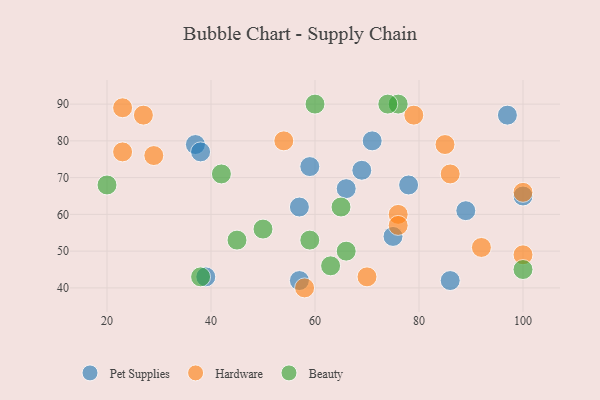
{"axis": {"x": "GDP", "y": "Life Expectancy"}, "legend": ["Beauty", "Hardware", "Pet Supplies"], "data": [{"x": "78", "y": 68, "type": "Pet Supplies"}, {"x": "57", "y": 42, "type": "Pet Supplies"}, {"x": "75", "y": 54, "type": "Pet Supplies"}, {"x": "57", "y": 62, "type": "Pet Supplies"}, {"x": "89", "y": 61, "type": "Pet Supplies"}, {"x": "71", "y": 80, "type": "Pet Supplies"}, {"x": "69", "y": 72, "type": "Pet Supplies"}, {"x": "39", "y": 43, "type": "Pet Supplies"}, {"x": "86", "y": 42, "type": "Pet Supplies"}, {"x": "37", "y": 79, "type": "Pet Supplies"}, {"x": "66", "y": 67, "type": "Pet Supplies"}, {"x": "38", "y": 77, "type": "Pet Supplies"}, {"x": "97", "y": 87, "type": "Pet Supplies"}, {"x": "100", "y": 65, "type": "Pet Supplies"}, {"x": "59", "y": 73, "type": "Pet Supplies"}, {"x": "100", "y": 66, "type": "Hardware"}, {"x": "23", "y": 77, "type": "Hardware"}, {"x": "54", "y": 80, "type": "Hardware"}, {"x": "86", "y": 71, "type": "Hardware"}, {"x": "76", "y": 60, "type": "Hardware"}, {"x": "29", "y": 76, "type": "Hardware"}, {"x": "92", "y": 51, "type": "Hardware"}, {"x": "76", "y": 57, "type": "Hardware"}, {"x": "70", "y": 43, "type": "Hardware"}, {"x": "85", "y": 79, "type": "Hardware"}, {"x": "100", "y": 49, "type": "Hardware"}, {"x": "58", "y": 40, "type": "Hardware"}, {"x": "23", "y": 89, "type": "Hardware"}, {"x": "27", "y": 87, "type": "Hardware"}, {"x": "79", "y": 87, "type": "Hardware"}, {"x": "66", "y": 50, "type": "Beauty"}, {"x": "100", "y": 45, "type": "Beauty"}, {"x": "45", "y": 53, "type": "Beauty"}, {"x": "20", "y": 68, "type": "Beauty"}, {"x": "42", "y": 71, "type": "Beauty"}, {"x": "59", "y": 53, "type": "Beauty"}, {"x": "65", "y": 62, "type": "Beauty"}, {"x": "76", "y": 90, "type": "Beauty"}, {"x": "63", "y": 46, "type": "Beauty"}, {"x": "74", "y": 90, "type": "Beauty"}, {"x": "50", "y": 56, "type": "Beauty"}, {"x": "60", "y": 90, "type": "Beauty"}, {"x": "38", "y": 43, "type": "Beauty"}]}